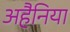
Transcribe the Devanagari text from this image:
अहैनिया